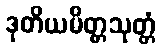
ဒုတိယမိတ္တသုတ္တံ